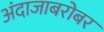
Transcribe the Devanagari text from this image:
अंदाजाबरोबर